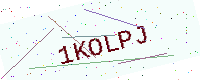
Text: 1KOLPJ